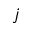
j